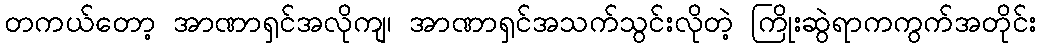
တကယ်တော့ အာဏာရှင်အလိုကျ၊ အာဏာရှင်အသက်သွင်းလိုတဲ့ ကြိုးဆွဲရာကကွက်အတိုင်း